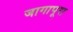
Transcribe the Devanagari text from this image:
जागापूरा